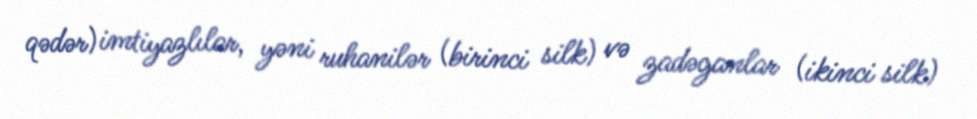
qədər) imtiyazlılar, yəni ruhanilər (birinci silk) və zadəganlar (ikinci silk)